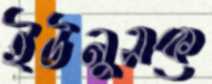
ইউনুসকে